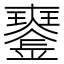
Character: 𤫍